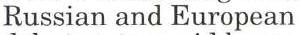
Russian and European